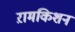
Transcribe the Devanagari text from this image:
ऱामकिशन